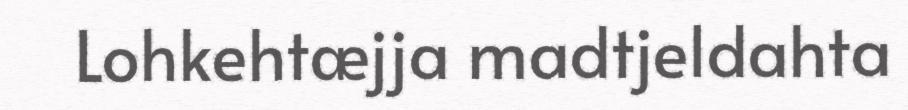
Lohkehtæjja madtjeldahta